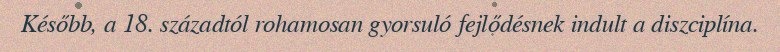
Később, a 18. századtól rohamosan gyorsuló fejlődésnek indult a diszciplína.